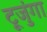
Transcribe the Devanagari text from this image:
टूजुंगा